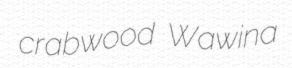
crabwood Wawina